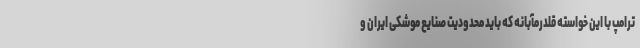
ترامپ با این خواسته قلدرمآبانه که باید محدودیت صنایع موشکی ایران و